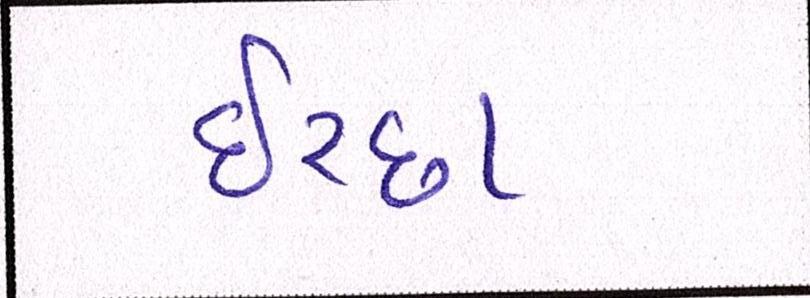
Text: ઈચ્છા